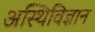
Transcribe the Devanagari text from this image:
अस्थिविज्ञान